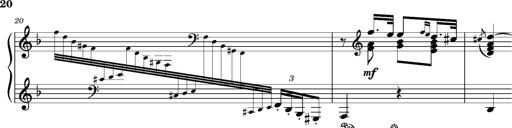
Title: Ungarischer Romanzero
Composer: Franz Liszt